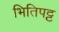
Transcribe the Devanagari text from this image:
भितिपट्ट